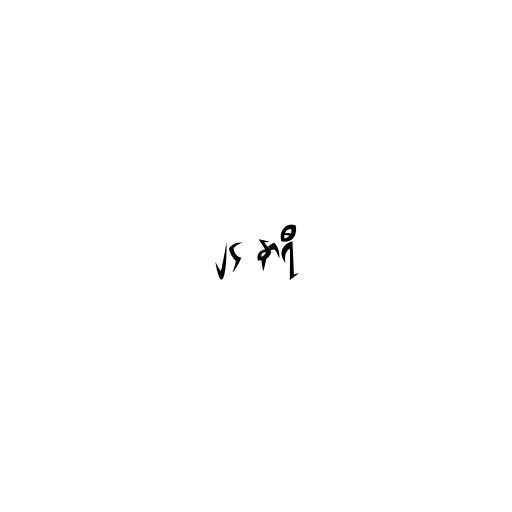
၂၄ နာရီ